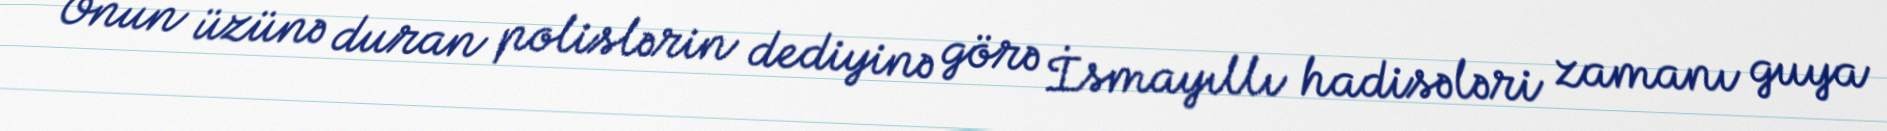
Onun üzünə duran polislərin dediyinə görə İsmayıllı hadisələri zamanı guya